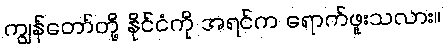
ကျွန်တော်တို့ နိုင်ငံကို အရင်က ရောက်ဖူးသလား။